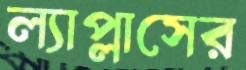
ল্যাপ্লাসের